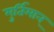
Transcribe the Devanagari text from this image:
मुर्तिमान्